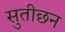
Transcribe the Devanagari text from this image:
सुतीछन